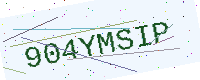
Text: 904YMSIP